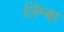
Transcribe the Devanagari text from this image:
लिम्बा